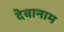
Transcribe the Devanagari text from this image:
देवानाम